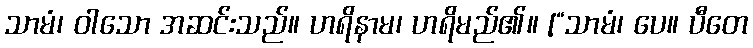
သာမံ၊ ဝါသော အဆင်းသည်။ ဟရိနာမ၊ ဟရိမည်၏။ [“သာမံ၊ ပေ။ ပီတေ